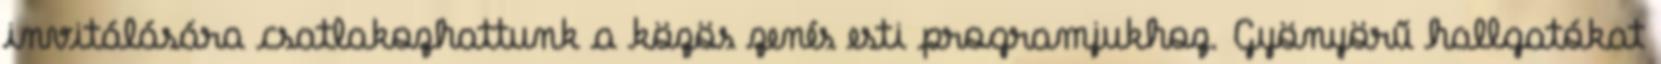
invitálására csatlakozhattunk a közös zenés esti programjukhoz. Gyönyörű hallgatókat